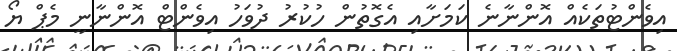
އިވެންޓުތަކެއް އޮންނާނެ ކަމަށާއި އެގޮތުން ހުކުރު ދުވަހު އިވެންޓް އޮންނާނީ މެޕް ޔޯ